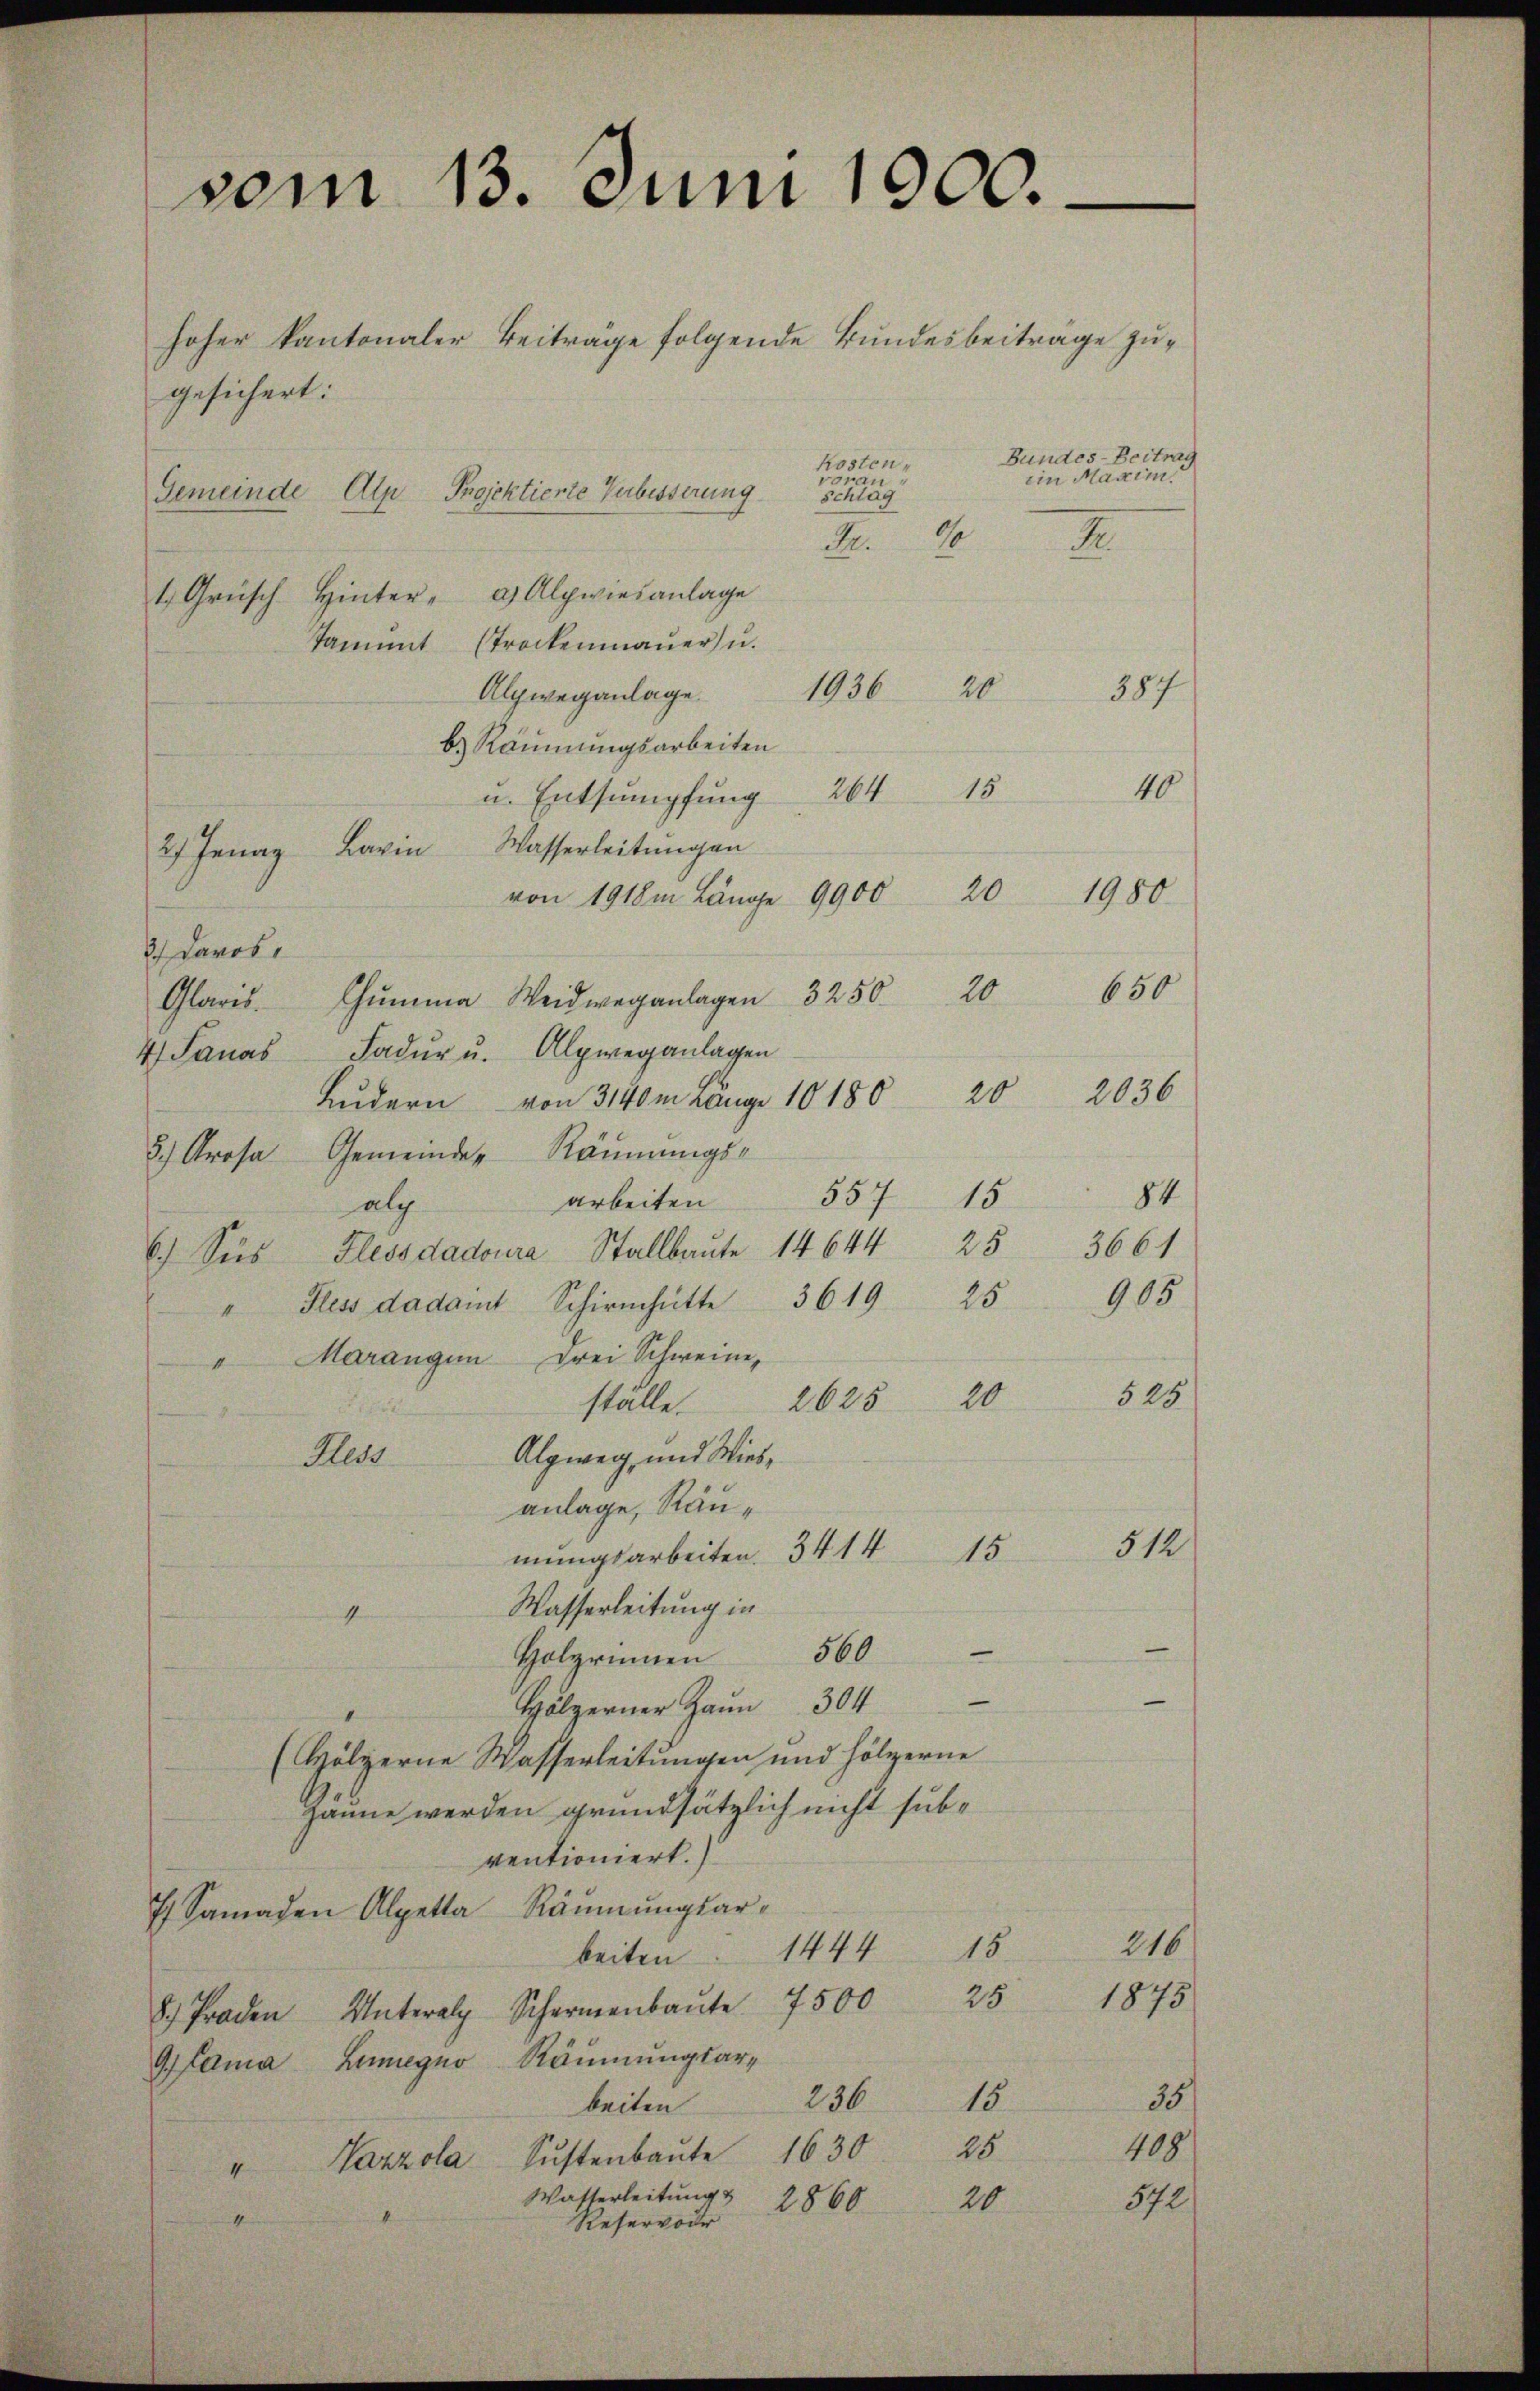
vom 13. Juni 1900.

gesichert:
Bundes-Beitrag
Kostenein Maxim.
voran
Gemeinde Alp Projektierte Verbesserung
Schlag
d
I.
2
1 Grüsch Hinter- a) Alpwies anlage
Tammt (Trockenmaŭer u.
1936
20
387
Alpweganlage.
b. Räumungsarbeiten
40
u. Entsumpfung 264 15
Wasserleitungen
2) Jenaz Karin
von 1918m Länge 9900 20
3.) Davos.
650
Glaris. Chŭmma Weidweganlagen 3250. 20
4 Janas Fadŭr u. Alpweganlagen
2036
Ludern von 3140m Länge 10 180 20
3.) Prosa Gemeinde Räumungs-
557 15
84
arbeiten
alg
3661
6.) Sies Flessdadoura Stallbaute 14644 25
" Pless dadaint Schirmhütte 3619 25 905
"Marangen drei Schweine,
528
20
stalle.
2625
Algweg, und Wies¬
Fless
anlage, Rau¬
512
15
mungsarbeiten. 3414
Wasserleitung in
4
Holzrinnen 560
n
Hölzerner Haun 304
(Hölzerne Wasserleitungen und hölzerne
gaune werden grundsätzlich nicht subventioniert.
7 Samaden Alpetta Räŭmŭngsar¬
216
1444
15
beiten
1875
8. Proden Unter Scheŭte 7500 25
Lamia Lumegno Räumungsar-
23615
35
beiten
409
25
" Vazzola Sustenbaŭte 1630
Wasserleitung &
572
2860
20
mater
Reservoder

hoher kantonaler Beitrage folgende Bundesbeiträge zu¬

1980